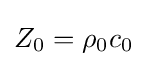
{Z_{0}=\rho _{0}c_{0}}